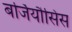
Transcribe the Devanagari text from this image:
बर्जियौसिस